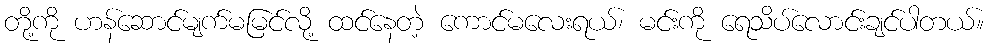
တို့ကို ဟန်ဆောင်မျက်မမြင်လို့ ထင်နေတဲ့ ကောင်မလေးရယ်၊ မင်းကို ရေသိပ်လောင်းချင်ပါတယ်။